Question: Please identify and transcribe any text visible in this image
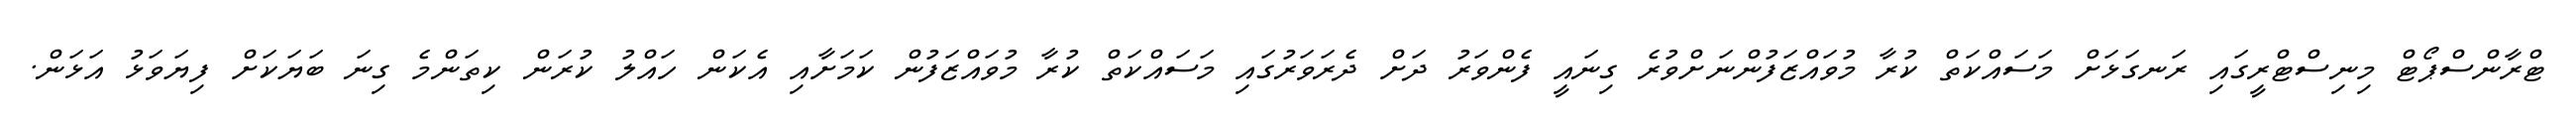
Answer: ޓްރާންސްޕޯޓް މިނިސްޓްރީގައި ރަނގަޅަށް މަސައްކަތް ކުރާ މުވައްޒަފުންނަށްވުރެ ގިނައީ ފެންވަރު ދަށް ދެރަވަރުގައި މަސައްކަތް ކުރާ މުވައްޒަފުން ކަމަށާއި އެކަން ހައްލު ކުރަން ކިތަންމެ ގިނަ ބަޔަކަށް ފިޔަވަޅު އަޅަން.